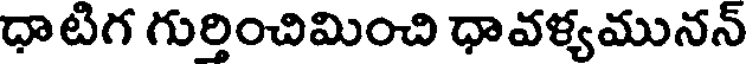
ధాటిగ గుర్తించిమించి ధావళ్యమునన్